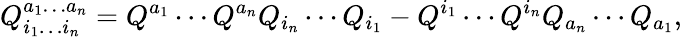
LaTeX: Q_{i_{1}\ldots i_{n}}^{a_{1}\ldots a_{n}}=Q^{a_{1}}\cdots Q^{a_{n}}Q_{i_{n}}\cdots Q_{i_{1}}-Q^{i_{1}}\cdots Q^{i_{n}}Q_{a_{n}}\cdots Q_{a_{1}},